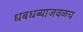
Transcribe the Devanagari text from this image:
धबधब्याजवळच